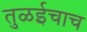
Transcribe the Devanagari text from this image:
तुळईचाच